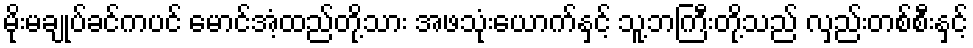
မိုးမချုပ်ခင်ကပင် မောင်အံ့ထည်တို့သား အဖသုံးယောက်နှင့် သူ့ဘကြီးတို့သည် လှည်းတစ်စီးနှင့်